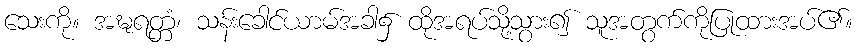
သေးကို။ အဍ္ဎရတ္တံ၊ သန်းခေါင်ယာမ်အခါ၌ ထိုအရပ်သို့သွား၍ သူအတွက်ကိုပြုထားအပ်၏။